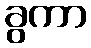
ခွကာ